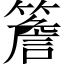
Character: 簷